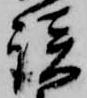
談